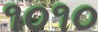
૧૦૧૦